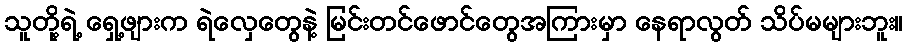
သူတို့ရဲ့ ရှေ့ဖျားက ရဲလှေတွေနဲ့ မြင်းတင်ဖောင်တွေအကြားမှာ နေရာလွတ် သိပ်မများဘူး။